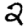
Digit: 2